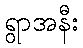
ရွာအနီး